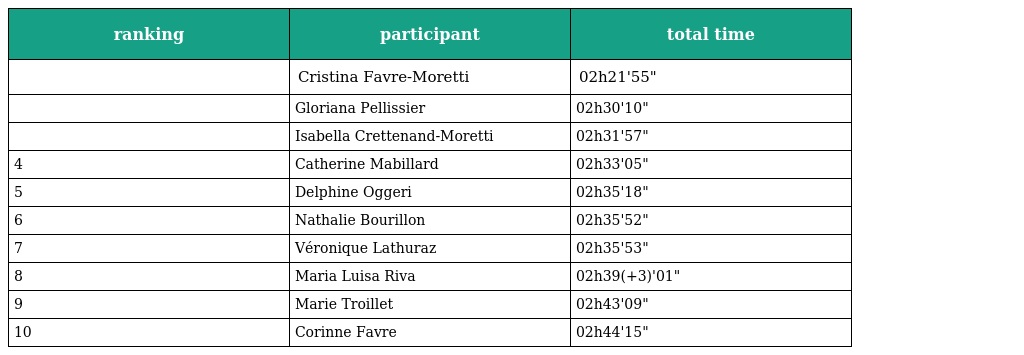
| ranking | participant | total time |
 | --- | --- | --- |
 |  | Cristina Favre-Moretti | 02h21'55" |
 |  | Gloriana Pellissier | 02h30'10" |
 |  | Isabella Crettenand-Moretti | 02h31'57" |
 | 4 | Catherine Mabillard | 02h33'05" |
 | 5 | Delphine Oggeri | 02h35'18" |
 | 6 | Nathalie Bourillon | 02h35'52" |
 | 7 | Véronique Lathuraz | 02h35'53" |
 | 8 | Maria Luisa Riva | 02h39(+3)'01" |
 | 9 | Marie Troillet | 02h43'09" |
 | 10 | Corinne Favre | 02h44'15" |